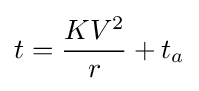
t={\frac {KV^{2}}{r}}+t_{a}